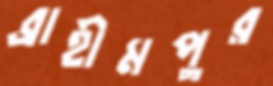
ব্রাহীমপুর